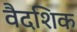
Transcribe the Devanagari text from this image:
वैदशिक